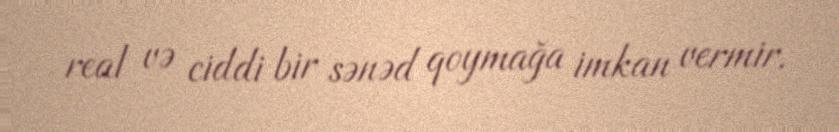
real və ciddi bir sənəd qoymağa imkan vermir.